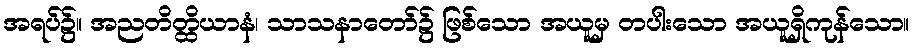
အရပ်၌။ အညတိတ္ထိယာနံ၊ သာသနာတော်၌ ဖြစ်သော အယူမှ တပါးသော အယူရှိကုန်သော။